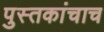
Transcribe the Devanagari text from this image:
पुस्तकांचाच